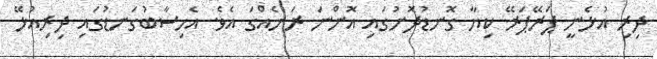
ދިރި އުޅެނީ ޕަރޭޕަރޭ ކިޔާ ގޮނޑުދޮށުގައި އޮންނަ ރަށެއްގަ އެވެ. އެހިސާބުގަނޑުގައި ދިރިއުޅޭ